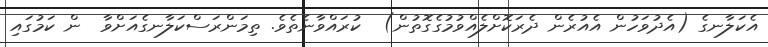
އެކަލާނގެ (އެދުވަހުން އެއުރެން ދެރަކޮށްލެއްވުމުގެގޮތުން)  ކުރައްވާނެތެވެ. ތިމަންރަސްކަލާނގެއަށްވާ  ން ކަމުގައި